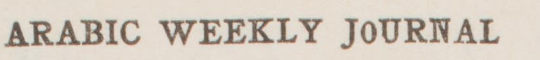
ARABIC WEEKLY JOURNAL